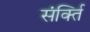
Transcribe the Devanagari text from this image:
संर्क्ति